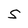
Character: 5